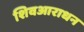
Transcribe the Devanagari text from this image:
शिवआराधन